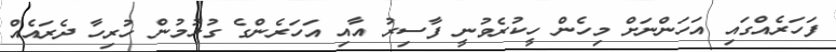
ފަހަރެއްގައި އަހަންނަށް މިހެން ހީކުރެވުނީ ފާސިރު އާއި އަހަރެންގެ ގުޅުމުން ހުރިހާ ދެރައެއް